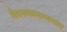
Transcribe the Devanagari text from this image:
वैवस्वतमन्वन्तर